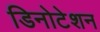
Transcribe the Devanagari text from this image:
डिनोटेशन